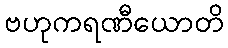
ဗဟုကရဏီယောတိ